画像に写った文字を読んでください
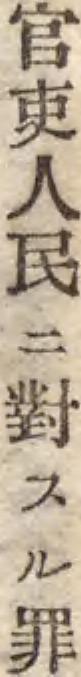
「官吏人民ニ對スル罪」と書いてあります